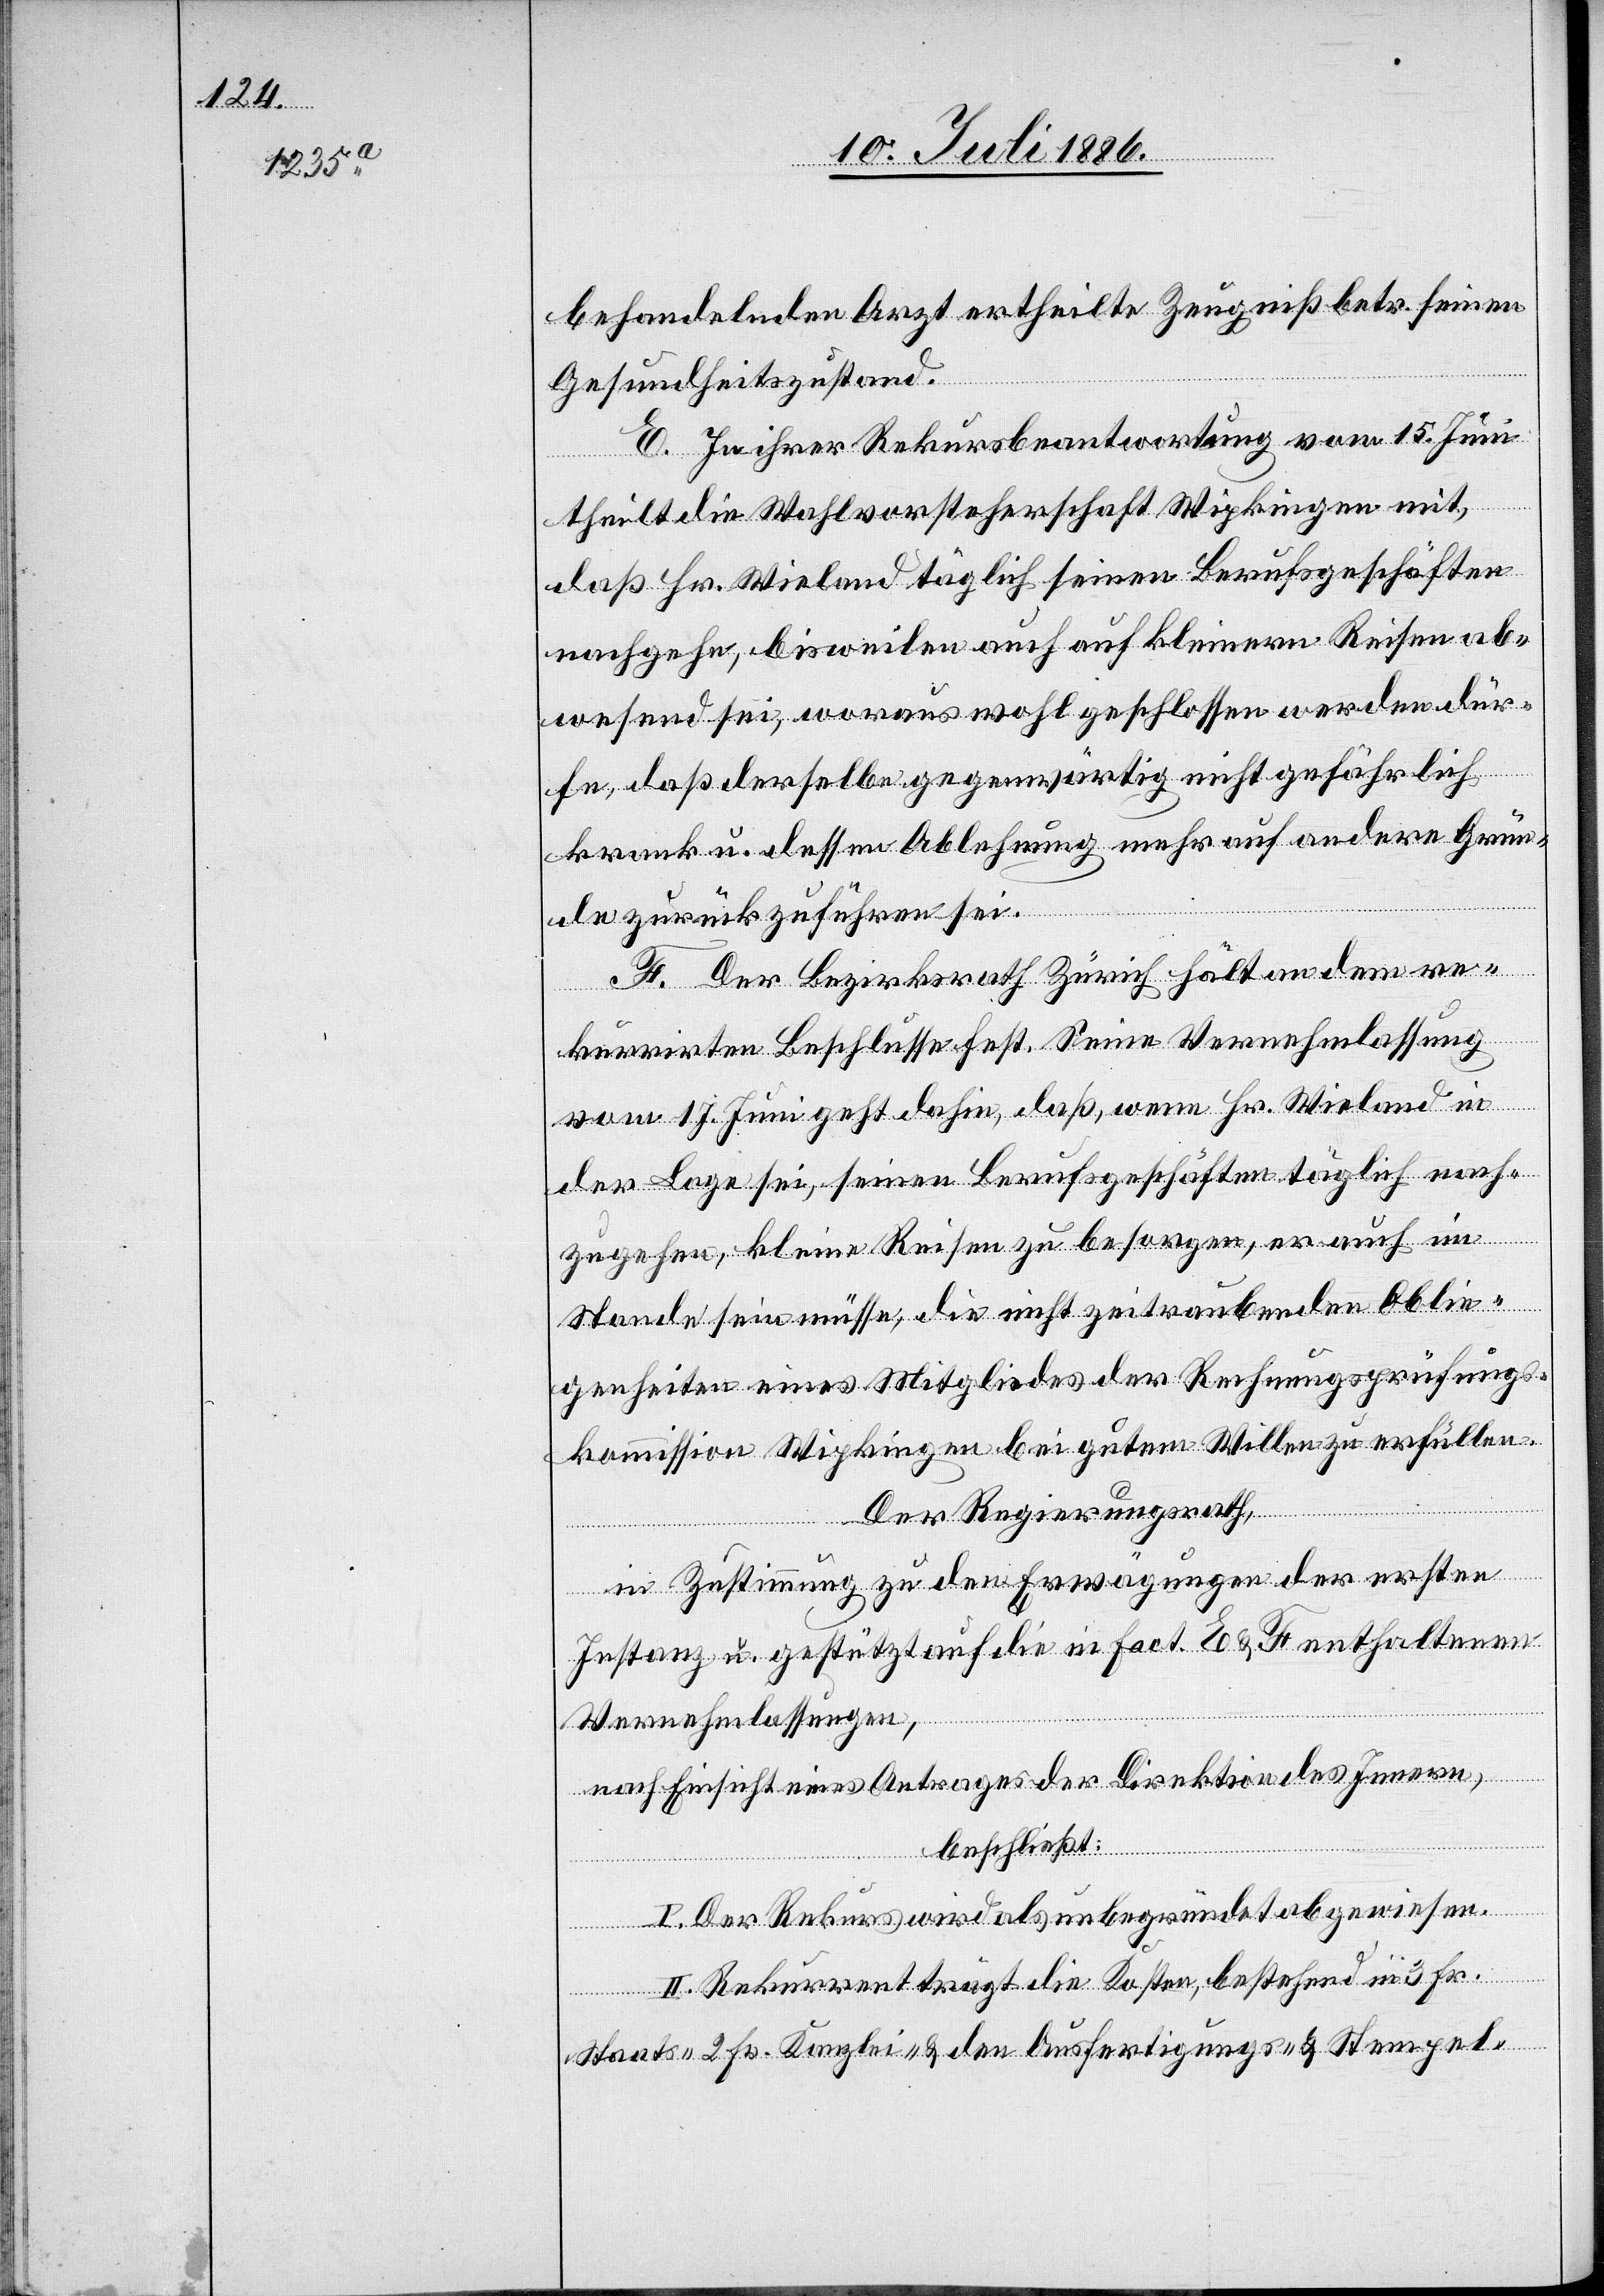
behandelnden Arzt ertheilte Zeugniß betr. seinen
Gesundheitszustand.
E. In ihrer Rekursbeantwortung vom 15. Juni
theilt die Wahlvorsteherschaft Wipkingen mit,
daß Hr. Wieland täglich seinen Berufsgeschäften
nachgehe, bisweilen auch auf kleinern Reisen ab¬
wesend sei, woraus wohl geschlossen werden dür¬
fe, daß derselbe gegenwärtig nicht gefährlich
krank u. dessen Ablehnung mehr auf andere Grün¬
de zurückzuführen sei.
F. Der Bezirksrath Zürich hält an dem re¬
kurrirten Beschlusse fest. Seine Vernehmlassung
vom 17. Juni geht dahin, daß, wenn Hr. Wieland in
der Lage sei, seinen Berufsgeschäften täglich nach¬
zugehen, kleine Reisen zu besorgen, er auch im
Stande sein müsse, die nicht zeitraubenden Oblie¬
genheiten eines Mitgliedes der Rechnungsprüfungs¬
kommission Wipkingen bei gutem Willen zu erfüllen.
Der Regierungsrath,
in Zustimmung zu den Erwägungen der ersten
Instanz u. gestützt auf die in fact. E & F enthaltenen
Vernehmlassungen,
nach Einsicht eines Antrages der Direktion des Innern,
beschließt:
I. Der Rekurs wird als unbegründet abgewiesen.
II. Rekurrent trägt die Kosten, bestehend in 3 Fr.
Staats-, 2 Fr. Kanzlei- & den Ausfertigungs- & Stempel-